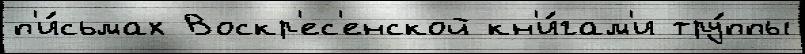
п'и́сьмах Воскр'ес'енской кн'и́гам'и тру́ппы